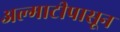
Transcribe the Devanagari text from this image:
अल्माटीपासून